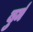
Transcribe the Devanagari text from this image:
बुर्म